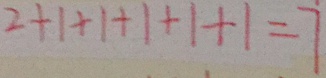
2 + 1 + 1 + 1 + 1 + 1 = 7